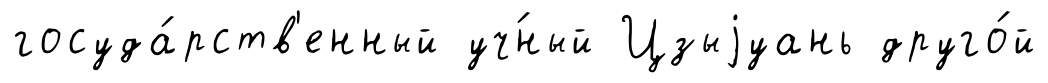
госуда́рств'енный уч́ный Цзыjуань друго́й